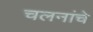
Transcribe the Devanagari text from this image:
चलनांचे